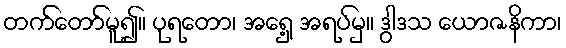
တက်တော်မူ၍။ ပုရတော၊ အရှေ့ အရပ်မှ။ ဒွါဒသ ယောဇနိကာ၊